Vaccination in the Punjab 1905-1918 - 1905-1918
Year: 1905
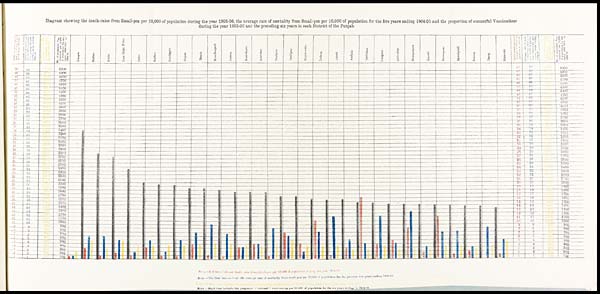
Diagram showing the death-rates from Small-pox per 10,000 of population during the year 1905-06, the average rate of mortality from Small-pox per 10,000 of population for the five years ending 1904-05 and the proportion of successful Vaccinations
during the year 1905-06 and the preceding six years in each District of the Punjab.